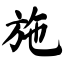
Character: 施